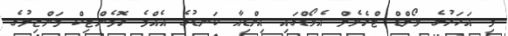
މި އަހަރުގެ ވޯލްޑް ޓްރެވެލް އެވޯޑްގައި އިންޑިއާ ކަނޑުގެ އެއްމެ ރޮމެންޓިކް މަންޒިލުގެ